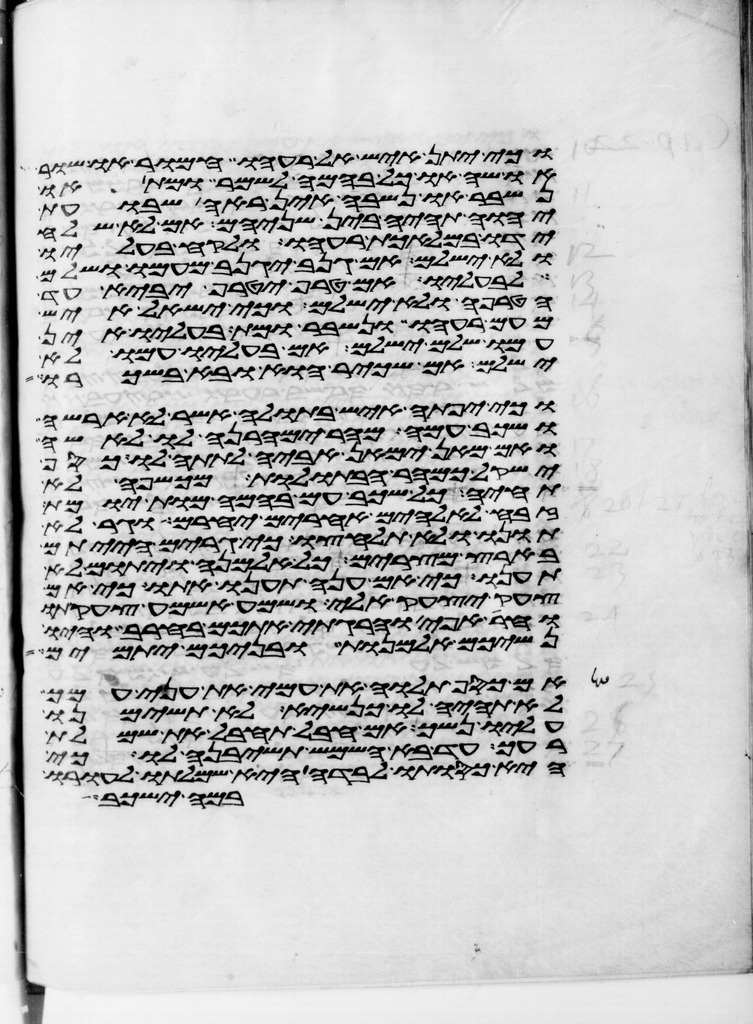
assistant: וכי יתן איש אל רעהו חמור או שור
או שה או כל בהמה לשמר ומת או
נשבר או נשבה אין ראה שבועת
יהוה תהיה בין שניהם אם לא שלח
ידו במלאכת רעהו ולקח בעליו
ולא ישלם אם גנב יגנב מעמו ושלם
לבעליו אם טרף יטרף יביא עד
הטרפה ולא ישלם וכי ישאל איש
מעם רעהו ונשבר או מת בעליו אין
עמו שלם ישלם אם בעליו עמו לא
ישלם אם שכיר הוא ובא בשכרו
וכי יפתה איש בתולה אשר לא ארשה
ושכב עמה מהר ימהרנה לו לאשה
ואם מאן ימאן אביה לתתה לו כסף
ישקל כמהר הבתולות מכשפה לא
תחיה כל שכב עם בהמה מות יומת
זבח לאלהים אחרים יחרם וגר לא
תונו ולא תלחצו כי גרים הייתם
בארץ מצרים כל אלמנה ויתום לא
תענו כי אם ענה תענו אתו כי אם
צעק יצעק אלי שמע אשמע צעקתו
וחרה אפי והרגתי אתכם בחרב והיו
נשיכם אלמנות ובניכם יתומים
אם כסף תלוה את עמי את עני עמך
לא תהיה לו כנשא לא תשימנו
עליו נשך אם חבל תחבל את שמלת
רעך עד בא השמש תשיבנה לו כי
היא כסותו לבדה היא שמלתו לעורו
במה ישכב